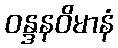
ဝန္ဒနဝိမာနံ